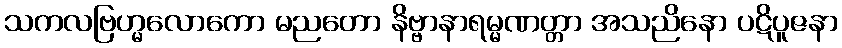
သကလဗြဟ္မလောကော မညတော နိဗ္ဗာနာရမ္မဏတ္တာ အသညိနော ပဋိပူဇနာ